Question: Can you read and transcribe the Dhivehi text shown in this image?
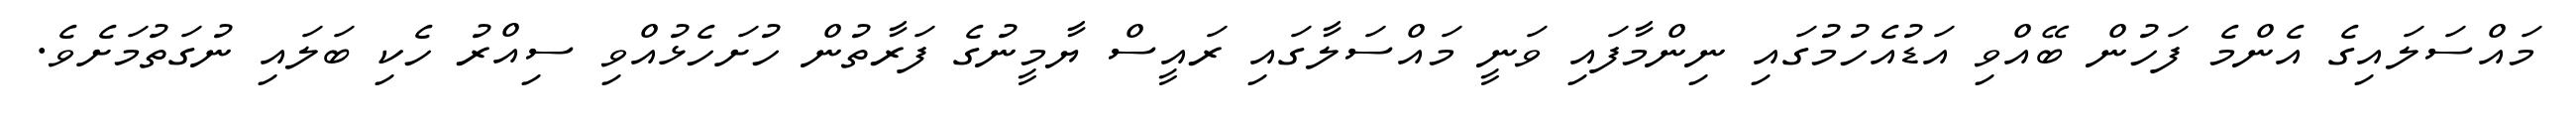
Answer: މައްސަލައިގެ އެންމެ ފަހުން ބޭއްވި އަޑުއެހުމުގައި ނިންމާފައި ވަނީ މައްސަލާގައި ރައީސް ޔާމީނުގެ ފަރާތުން ހުށަހެޅުއްވި ސިއްރު ހެކި ބަލައި ނުގަތުމަށެވެ.